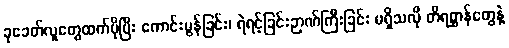
ခုခေတ်လူတွေထက်ပိုပြီး ကောင်းမွန်ခြင်း၊ ရဲရင့်ခြင်းဉာဏ်ကြီးခြင်း မရှိသလို တိရစ္ဆာန်တွေနဲ့